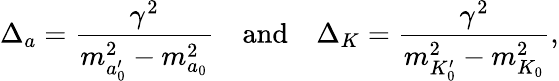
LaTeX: {\Delta}_{a}=\frac{\gamma^{2}}{m_{a_{0}^{\prime}}^{2}-m_{a_{0}}^{2}}\quad\mathrm{{and}}\quad{\Delta}_{K}=\frac{\gamma^{2}}{m_{K_{0}^{\prime}}^{2}-m_{K_{0}}^{2}},